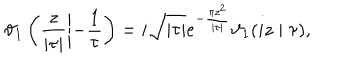
\vartheta _ { 1 } \left( \frac { z } { | \tau | } \left| - \frac { 1 } { \tau } \right. \right) = i \sqrt { | \tau | } e ^ { - \frac { \pi z ^ { 2 } } { | \tau | } } \vartheta _ { 1 } ( i z \mid \tau ) ,